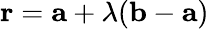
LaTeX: \mathbf{r}=\mathbf{a}+\lambda(\mathbf{b}-\mathbf{a})